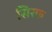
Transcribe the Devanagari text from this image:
सिरफ